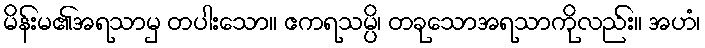
မိန်းမ၏အရသာမှ တပါးသော။ ဧကရသမ္ပိ၊ တခုသောအရသာကိုလည်း။ အဟံ၊